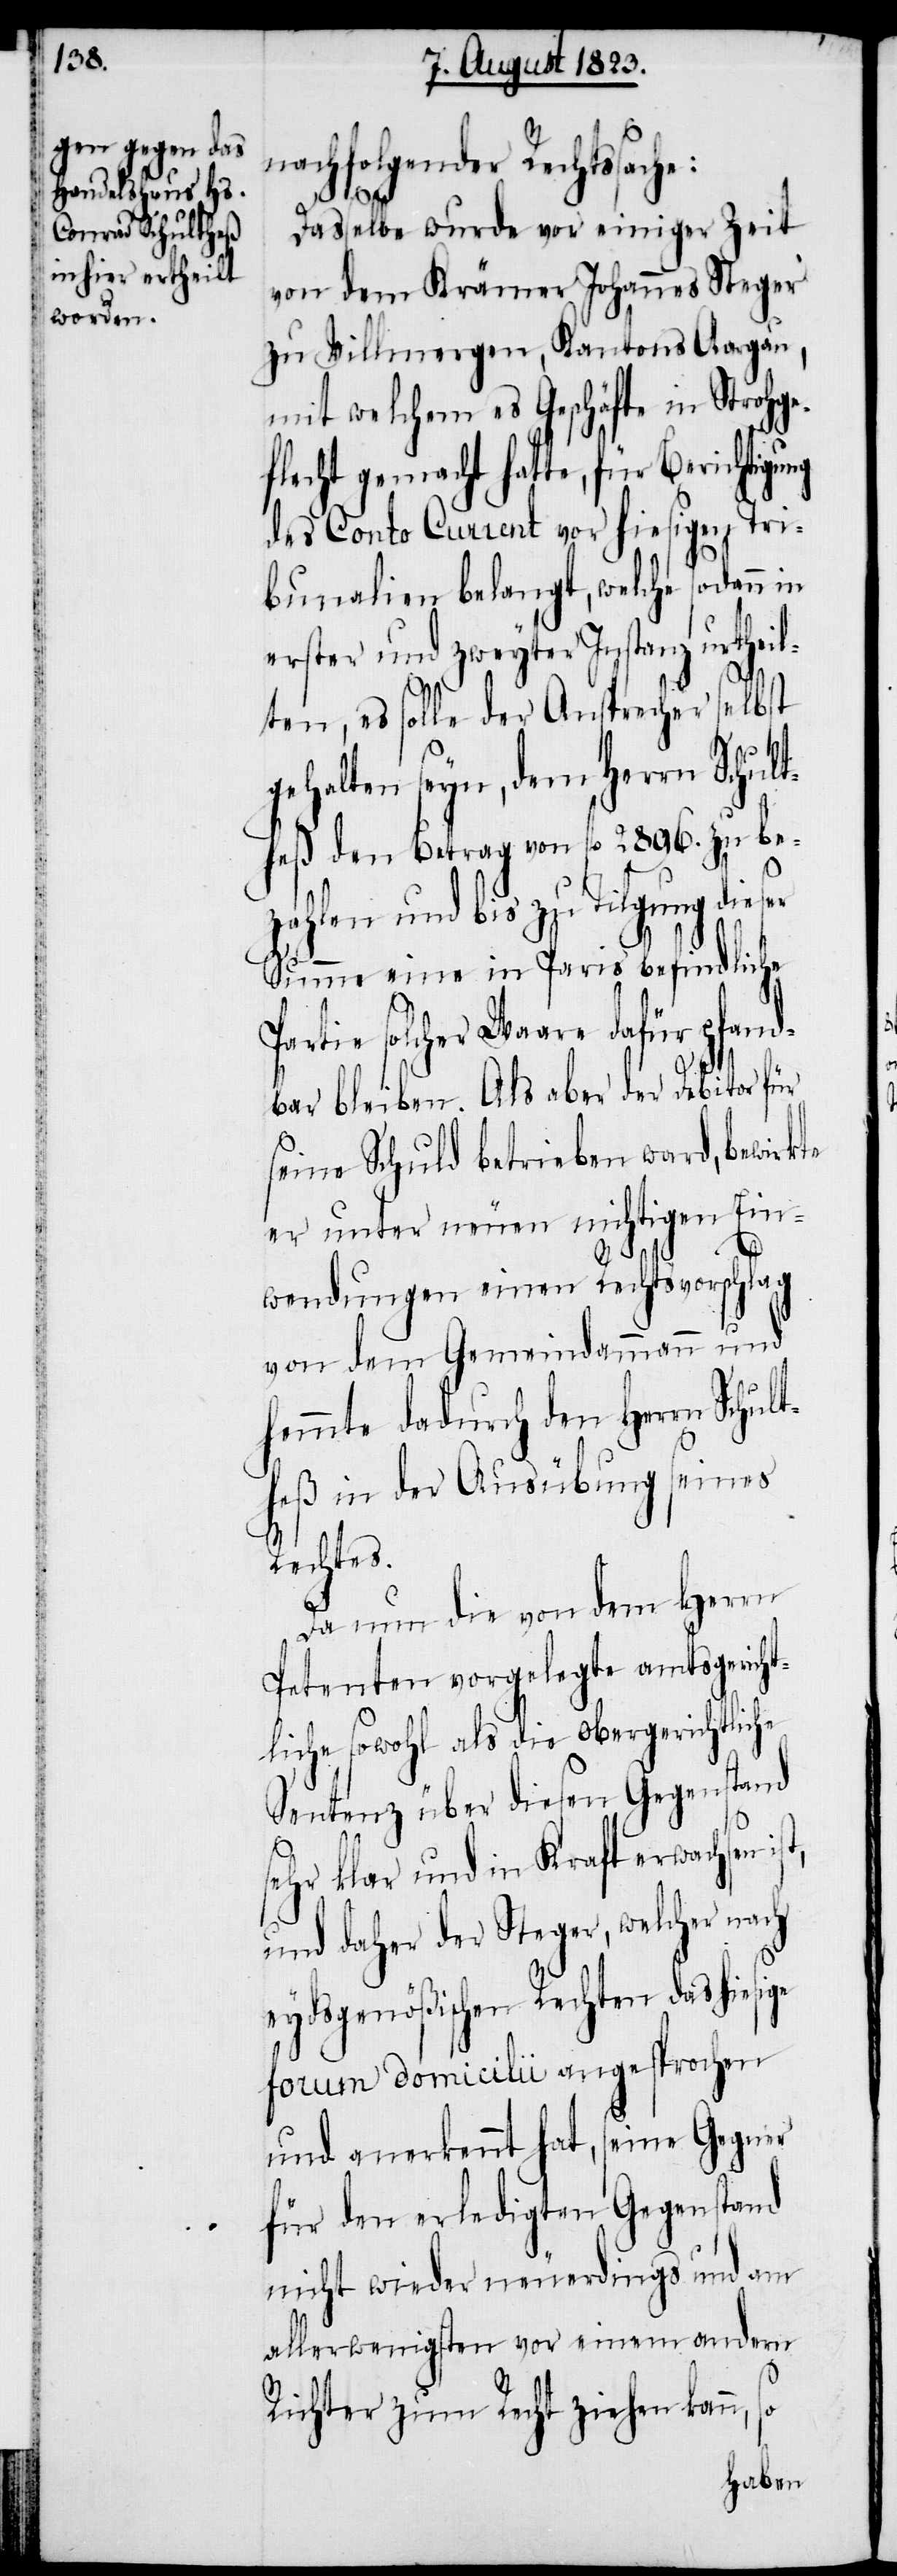
nachfolgender Rechtssa¬
Dasselbe wurde vor einiger Zeit
von dem Krämer Johannes Steger
zu Villmergen, Kantons Aargau,
mit welchem es Geschäfte in Strohge¬
flecht gemacht hatte, für Berichtigu¬
des Conto Current vor hiesigen Tri¬
bunalien belangt, welche sodann
erster und zweyter Instanz urtheil¬
ten, es solle der Ansprecher selbst
gehalten seyn, dem Herrn Schult¬
heß den Betrag von fl 2896. zu be¬
zahlen und bis zu Tilgung dieser
Summe eine in Paris befindliche
Partie solcher Waare dafür pfand¬
bar bleiben. Als aber der Debitor für
seine Schuld betrieben ward, bewirkte
er unter neuen nichtigen Ein¬
wendungen einen Rechtsvorschlag
von dem Gemeindammann und
hemmte dadurch den Herrn Schult¬
heß in der Ausübung seines
Rechtes.
Da nun die von dem Herrn
Petenten vorgelegte amtsgericht¬
liche sowohl als die obergerichtliche
Sentenz über diesen Gegenstand
sehr klar und in Kraft erwachsen
und daher der Steger, welcher nach
eydsgenößischen Rechten das hiesi¬
forum domicilii angesprochen
und anerkennt hat, seine Gegner
für den erledigten Gegenstand
nicht wieder neuerdings und am
allerwenigsten vor einem andern
n,
Richter zum Recht ziehen kan¬